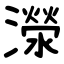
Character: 濴